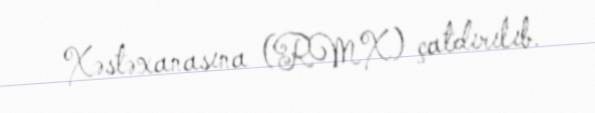
Xəstəxanasına (RMX) çatdırılıb.